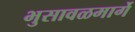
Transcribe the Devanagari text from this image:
भुसावळमार्गे